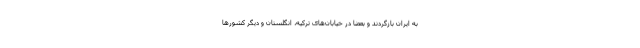
به ایران بازگردند و بعضا در خیابان‌های ترکیه، انگلستان و دیگر کشورها